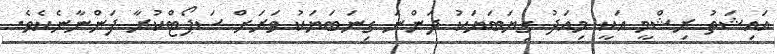
އައިޝަތު ރިޝްމީ އަކީ މިއަދު ގިޔަބަޔަކު ދަންނަ ގިނަބަޔަކު ވަރަށް ސަޕޯޓްކުރާ ފަންނާނެކެވެ.